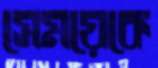
সেময়েকে